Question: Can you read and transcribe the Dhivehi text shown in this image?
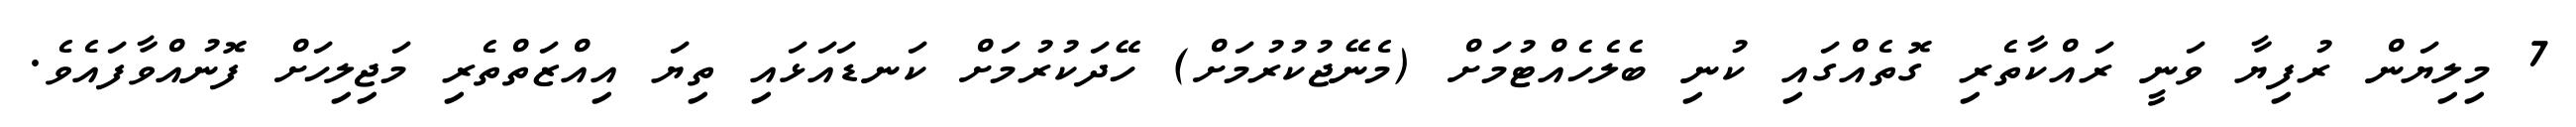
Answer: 7 މިލިޔަން ރުފިޔާ ވަނީ ރައްކާތެރި ގޮތެއްގައި ކުނި ބެލެހެއްޓުމަށް (މެނޭޖުކުރުމަށް) ހޭދަކުރުމަށް ކަނޑައަޅައި ތިޔަ އިއްޒަތްތެރި މަޖިލިހަށް ފޮނުއްވާފައެވެ.